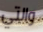
والتي